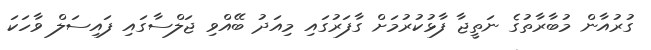
ގުރުއާން މުބާރާތުގެ ނަތީޖާ ފާޅުކުރުމަށް ގާފަރުގައި މިއަދު ބޭއްވި ޖަލްސާގައި ފައިސަލް ވާހަކަ